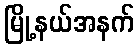
မြို့နယ်အနက်